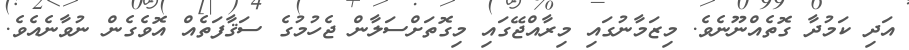
އަދި ކަމުދާ ގޮތެއްނޫނެވެ. މިޒަމާނުގައި މިރާއްޖޭގައި މިގޮތަށްސަލާން ޖެހުމުގެ ސަޤާފަތެއް އޮވެގެން ނުވާނެއެވެ.